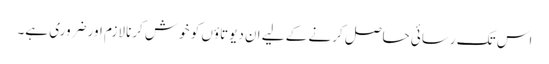
اس تک رسائی حاصل کرنے کے لیے ان دیوتاؤں کو خوش کرنا لازم اور ضروری ہے۔